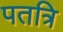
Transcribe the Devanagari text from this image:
पतत्रि